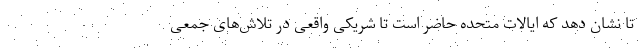
تا نشان دهد که ایالات متحده حاضر است تا شریکی واقعی در تلاش‌های جمعی